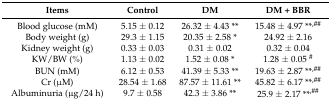
<table><thead><tr><td><b>Items</b></td><td><b>Control</b></td><td><b>DM</b></td><td><b>DM + BBR</b></td></tr></thead><tbody><tr><td>Blood glucose (mM)</td><td>5.15 ± 0.12</td><td>26.32 ± 4.43 **</td><td>15.48 ± 4.97 **<sup>,##</sup></td></tr><tr><td>Body weight (g)</td><td>29.3 ± 1.15</td><td>20.35 ± 2.58 *</td><td>24.92 ± 2.16</td></tr><tr><td>Kidney weight (g)</td><td>0.33 ± 0.03</td><td>0.31 ± 0.02</td><td>0.32 ± 0.04</td></tr><tr><td>KW/BW (%)</td><td>1.13 ± 0.02</td><td>1.52 ± 0.08 *</td><td>1.28 ± 0.05 <sup>#</sup></td></tr><tr><td>BUN (mM)</td><td>6.12 ± 0.53</td><td>41.39 ± 5.33 **</td><td>19.63 ± 2.87 **<sup>,##</sup></td></tr><tr><td>Cr (μM)</td><td>28.54 ± 1.68</td><td>87.57 ± 11.61 **</td><td>45.82 ± 6.17 **<sup>,##</sup></td></tr><tr><td>Albuminuria (μg/24 h)</td><td>9.7 ± 0.58</td><td>42.3 ± 3.86 **</td><td>25.9 ± 2.17 **<sup>,##</sup></td></tr></tbody></table>